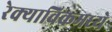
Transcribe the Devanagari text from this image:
रेक्याविकमध्ये